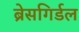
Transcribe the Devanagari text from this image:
ब्रेसगिर्डल